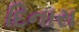
દિનારા